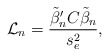
\begin{align*}\mathcal{L}_n = \frac{\tilde{\beta}_n'C\tilde{\beta}_n}{s_e^2},\end{align*}